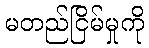
မတည်ငြိမ်မှုကို